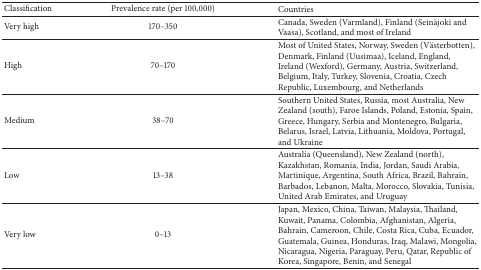
<table><thead><tr><td><b>Classification</b></td><td><b>Prevalence rate (per 100,000)</b></td><td><b>Countries</b></td></tr></thead><tbody><tr><td>Very high</td><td>170–350</td><td>Canada, Sweden (Varmland), Finland (Seinäjoki and Vaasa), Scotland, and most of Ireland</td></tr><tr><td>High</td><td>70–170</td><td>Most of United States, Norway, Sweden (Västerbotten), Denmark, Finland (Uusimaa), Iceland, England, Ireland (Wexford), Germany, Austria, Switzerland, Belgium, Italy, Turkey, Slovenia, Croatia, Czech Republic, Luxembourg, and Netherlands</td></tr><tr><td>Medium </td><td>38–70</td><td>Southern United States, Russia, most Australia, New Zealand (south), Faroe Islands, Poland, Estonia, Spain, Greece, Hungary, Serbia and Montenegro, Bulgaria, Belarus, Israel, Latvia, Lithuania, Moldova, Portugal, and Ukraine</td></tr><tr><td>Low </td><td>13–38</td><td>Australia (Queensland), New Zealand (north), Kazakhstan, Romania, India, Jordan, Saudi Arabia, Martinique, Argentina, South Africa, Brazil, Bahrain, Barbados, Lebanon, Malta, Morocco, Slovakia, Tunisia, United Arab Emirates, and Uruguay</td></tr><tr><td>Very low </td><td>0–13</td><td>Japan, Mexico, China, Taiwan, Malaysia, Thailand, Kuwait, Panama, Colombia, Afghanistan, Algeria, Bahrain, Cameroon, Chile, Costa Rica, Cuba, Ecuador, Guatemala, Guinea, Honduras, Iraq, Malawi, Mongolia, Nicaragua, Nigeria, Paraguay, Peru, Qatar, Republic of Korea, Singapore, Benin, and Senegal</td></tr></tbody></table>